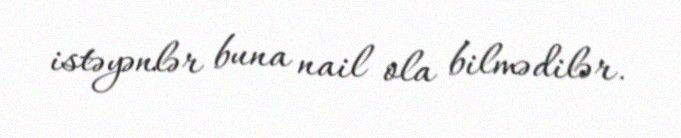
istəyənlər buna nail ola bilmədilər.